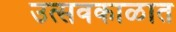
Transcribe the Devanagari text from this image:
उत्सवकाळात